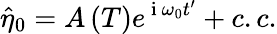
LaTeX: \hat{\eta}_{0}=A\left(T\right)e^{\mathrm{~i~}\omega_{0}t^{\prime}}+c.c.